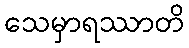
သေမှာရဿာတိ